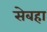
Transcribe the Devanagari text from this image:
सेबहा